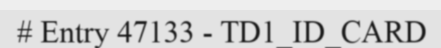
# Entry 47133 - TD1_ID_CARD